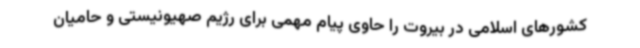
کشورهای اسلامی در بیروت را حاوی پیام مهمی برای رژیم صهیونیستی و حامیان